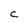
Character: C